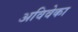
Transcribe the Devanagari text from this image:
अविवेका